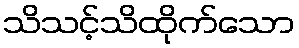
သိသင့်သိထိုက်သော